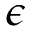
\epsilon